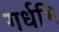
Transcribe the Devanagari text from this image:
गर्धभि